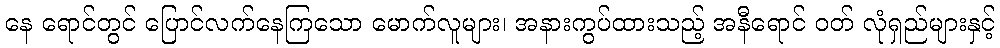
နေ ရောင်တွင် ပြောင်လက်နေကြသော မောက်လူများ၊ အနားကွပ်ထားသည့် အနီရောင် ဝတ် လုံရှည်များနှင့်